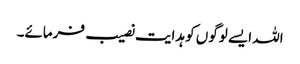
اللہ ایسے لوگوں کو ہدایت نصیب فرمائے۔